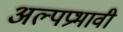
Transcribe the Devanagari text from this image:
अल्पप्रभावी